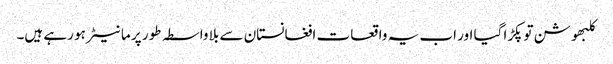
کلبھوشن توپکڑا گیا اور اب یہ واقعات افغانستان سے بلا واسطہ طور پر ما نیٹر ہو رہے ہیں۔